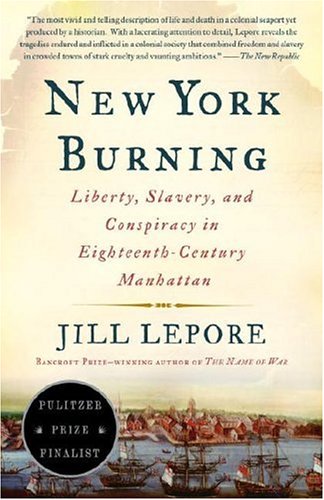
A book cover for New York Burning: Liberty, Slavery, and Conspiracy in Eighteenth-Century Manhattan; Jill Lepore; History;